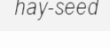
hay-seed